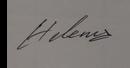
Signature authenticity: genuine